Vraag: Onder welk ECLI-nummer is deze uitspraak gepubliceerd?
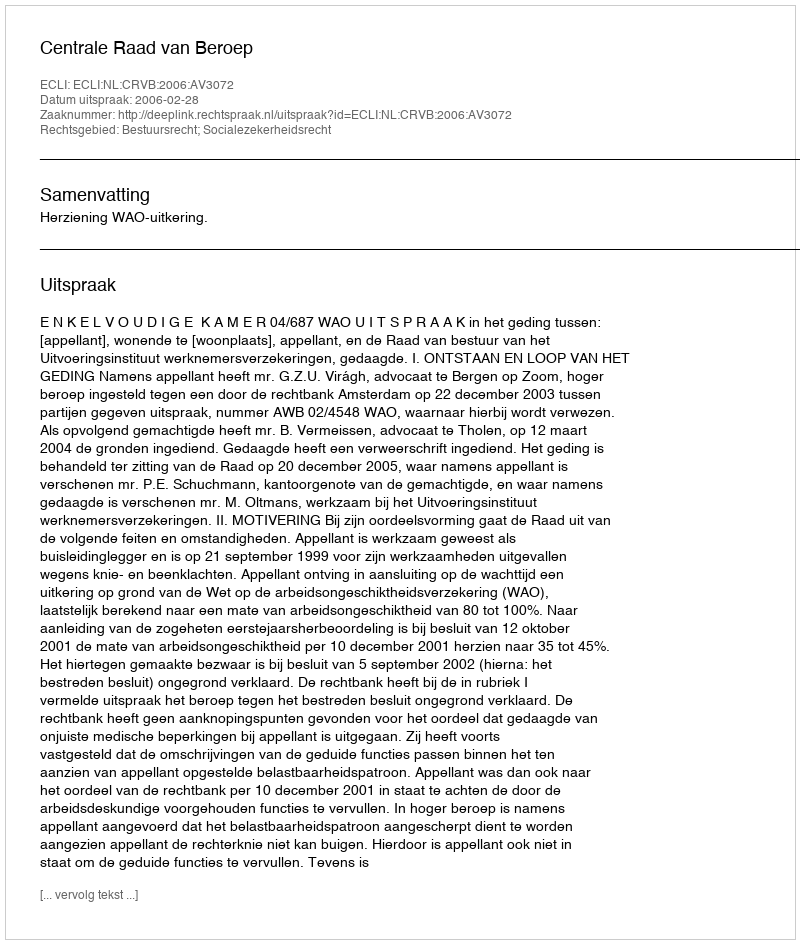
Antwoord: ECLI:NL:CRVB:2006:AV3072